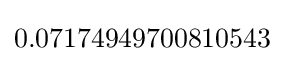
0.07174949700810543